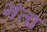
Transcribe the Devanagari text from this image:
मंता